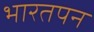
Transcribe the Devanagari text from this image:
भारतपन